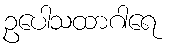
ဥပေါသထာဂါရေ